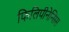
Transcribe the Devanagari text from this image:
फिलिपीनेन्सिस